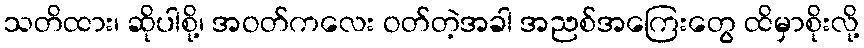
သတိထား၊ ဆိုပါစို့၊ အဝတ်ကလေး ဝတ်တဲ့အခါ အညစ်အကြေးတွေ ထိမှာစိုးလို့